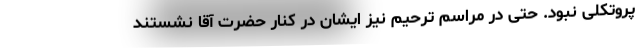
پروتکلی نبود. حتی در مراسم ترحیم نیز ایشان در کنار حضرت آقا نشستند